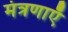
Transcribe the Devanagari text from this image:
मंत्रणाएँ